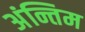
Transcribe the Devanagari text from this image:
अंन्तिम